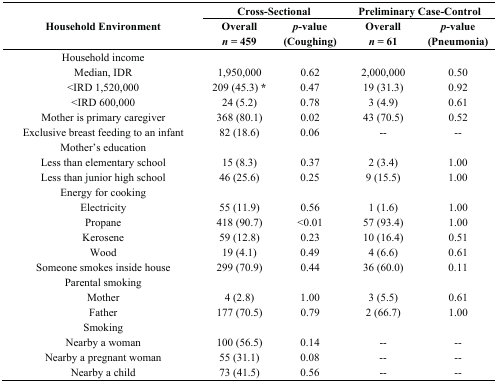
<table><thead><tr><td rowspan="2"><b>Household Environment</b></td><td colspan="2"><b>Cross-Sectional</b></td><td colspan="2"><b>Preliminary Case-Control </b></td></tr><tr><td><b>Overall <i>n</i> = 459</b></td><td><b><i>p</i>-value (Coughing)</b></td><td><b>Overall <i>n</i> = 61</b></td><td><b><i>p</i>-value (Pneumonia)</b></td></tr></thead><tbody><tr><td>Household income</td><td></td><td></td><td></td><td></td></tr><tr><td>Median, IDR</td><td>1,950,000</td><td>0.62</td><td>2,000,000</td><td>0.50</td></tr><tr><td>&lt;IRD 1,520,000</td><td>209 (45.3) *</td><td>0.47</td><td>19 (31.3)</td><td>0.92</td></tr><tr><td>&lt;IRD 600,000</td><td>24 (5.2)</td><td>0.78</td><td>3 (4.9)</td><td>0.61</td></tr><tr><td>Mother is primary caregiver</td><td>368 (80.1)</td><td>0.02</td><td>43 (70.5)</td><td>0.52</td></tr><tr><td>Exclusive breast feeding to an infant</td><td>82 (18.6)</td><td>0.06</td><td>--</td><td>--</td></tr><tr><td>Mother’s education</td><td></td><td></td><td></td><td></td></tr><tr><td>Less than elementary school</td><td>15 (8.3)</td><td>0.37</td><td>2 (3.4)</td><td>1.00</td></tr><tr><td>Less than junior high school</td><td>46 (25.6)</td><td>0.25</td><td>9 (15.5)</td><td>1.00</td></tr><tr><td>Energy for cooking</td><td></td><td></td><td></td><td></td></tr><tr><td>Electricity</td><td>55 (11.9)</td><td>0.56</td><td>1 (1.6)</td><td>1.00</td></tr><tr><td>Propane</td><td>418 (90.7)</td><td>&lt;0.01</td><td>57 (93.4)</td><td>1.00</td></tr><tr><td>Kerosene</td><td>59 (12.8)</td><td>0.23</td><td>10 (16.4)</td><td>0.51</td></tr><tr><td>Wood</td><td>19 (4.1)</td><td>0.49</td><td>4 (6.6)</td><td>0.61</td></tr><tr><td>Someone smokes inside house</td><td>299 (70.9)</td><td>0.44</td><td>36 (60.0)</td><td>0.11</td></tr><tr><td>Parental smoking</td><td></td><td></td><td></td><td></td></tr><tr><td>Mother</td><td>4 (2.8)</td><td>1.00</td><td>3 (5.5)</td><td>0.61</td></tr><tr><td>Father</td><td>177 (70.5)</td><td>0.79</td><td>2 (66.7)</td><td>1.00</td></tr><tr><td>Smoking</td><td></td><td></td><td></td><td></td></tr><tr><td>Nearby a woman</td><td>100 (56.5)</td><td>0.14</td><td>--</td><td>--</td></tr><tr><td>Nearby a pregnant woman</td><td>55 (31.1)</td><td>0.08</td><td>--</td><td>--</td></tr><tr><td>Nearby a child</td><td>73 (41.5)</td><td>0.56</td><td>--</td><td>--</td></tr></tbody></table>